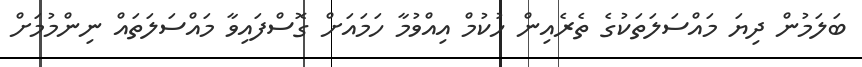
ބަލަމުން ދިޔަ މައްސަލަތަކުގެ ތެރެއިން ހުކުމް އިއްވުމާ ހަމައަށް ގޮސްފައިވާ މައްސަލަތައް ނިންމުމަށް